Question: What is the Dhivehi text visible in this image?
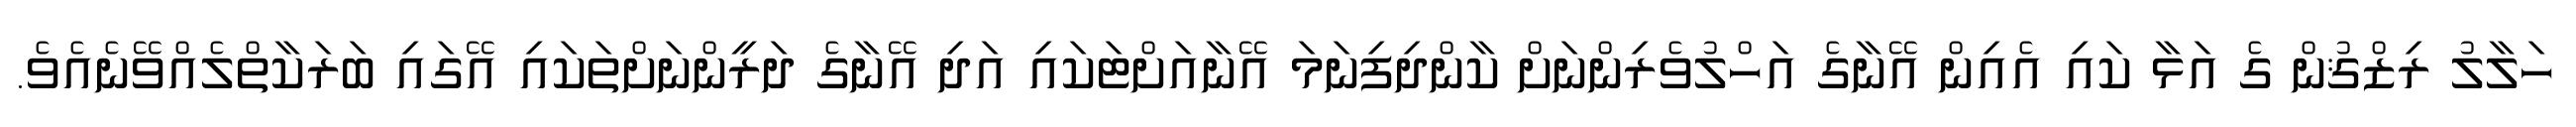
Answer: ހަލާލު ރިޒްޤުން ގެ އަޅާ ކައި އެއިން އޭނާގެ އަހްލުވެރިންނަށް ކާންދިފިނަމަ އޭނާއަށްޓަކައި އަދި އޭނާގެ ދަރީންނަށްތަކައި އޭގައި ބަރަކާތްލެއްވޭނެއެވެ.